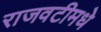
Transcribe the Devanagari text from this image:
राजवटीमधे